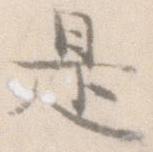
是